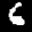
Label: 6